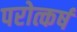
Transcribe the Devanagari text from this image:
परोत्कर्ष